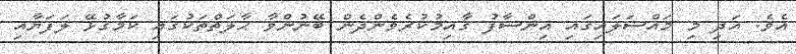
އެވެ. އަދި މި މައްސަލައިގައި އިންސާފު ޤާއިމުކުރެވެންދެން ބޭނުންވާ ޙާލަތްތަކުގައި ކަމާގުޅޭ ލަފަޔާއި